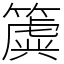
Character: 簴